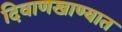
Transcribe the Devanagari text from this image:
दिवाणखाण्यात